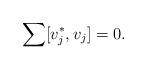
LaTeX: \begin{gather*}\sum [v_j^*, v_j]=0.\end{gather*}